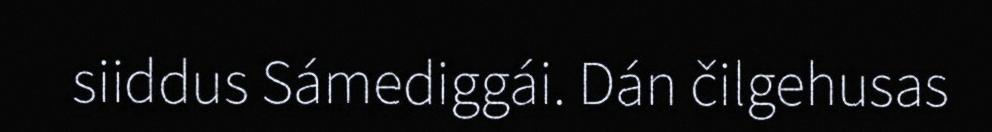
siiddus Sámediggái. Dán čilgehusas